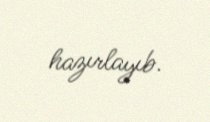
hazırlayıb.